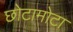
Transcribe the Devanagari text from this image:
छोटामोटा